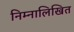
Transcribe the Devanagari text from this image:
निम्नालिखित